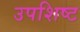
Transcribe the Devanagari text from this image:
उपशिष्ट